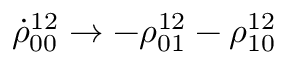
\dot { \rho } _ { 0 0 } ^ { 1 2 } \to - \rho _ { 0 1 } ^ { 1 2 } - \rho _ { 1 0 } ^ { 1 2 }